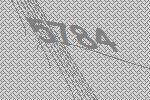
5784